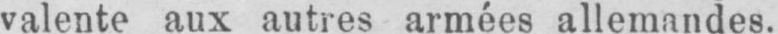
valente aux autres armées allemandes.